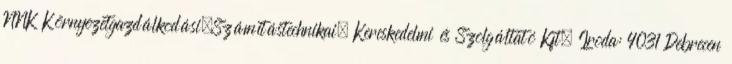
NNK Környezetgazdálkodási,Számítástechnikai, Kereskedelmi és Szolgáltató Kft. Iroda: 4031 Debrecen